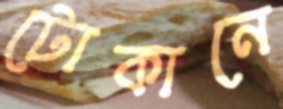
টোকানে